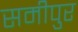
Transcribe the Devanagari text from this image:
समीपुर